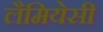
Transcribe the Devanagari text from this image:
लैमियेसी